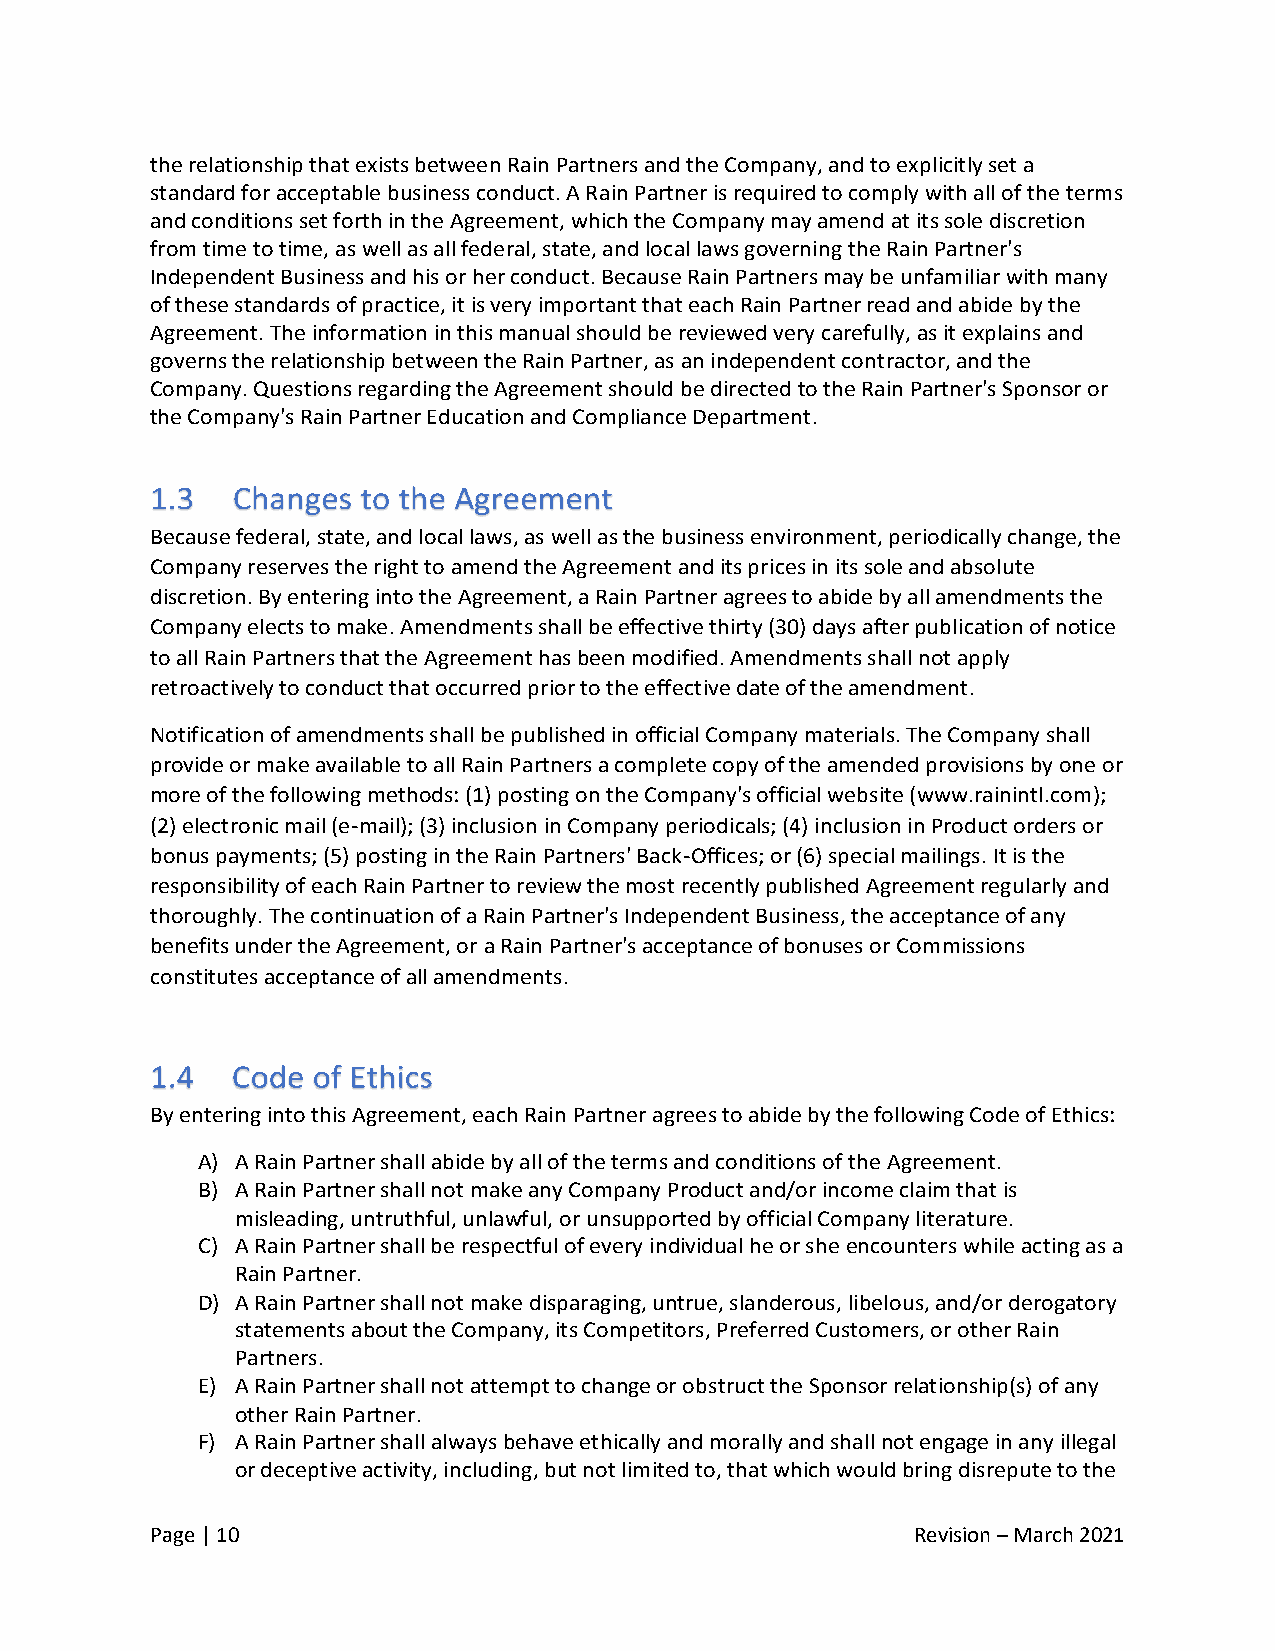
the relationship that exists between Rain Partners and the Company, and to explicitly set a
 standard for acceptable business conduct. A Rain Partner is required to comply with all of the terms
 and conditions set forth in the Agreement, which the Company may amend at its sole discretion
 from time to time, as well as all federal, state, and local laws governing the Rain Partner's
 Independent Business and his or her conduct. Because Rain Partners may be unfamiliar with many
 of these standards of practice, it is very important that each Rain Partner read and abide by the
 Agreement. The information in this manual should be reviewed very carefully, as it explains and
 governs the relationship between the Rain Partner, as an independent contractor, and the
 Company. Questions regarding the Agreement should be directed to the Rain Partner's Sponsor or
 the Company's Rain Partner Education and Compliance Department.
 Because federal, state, and local laws, as well as the business environment, periodically change, the
 Company reserves the right to amend the Agreement and its prices in its sole and absolute
 discretion. By entering into the Agreement, a Rain Partner agrees to abide by all amendments the
 Company elects to make. Amendments shall be effective thirty (30) days after publication of notice
 to all Rain Partners that the Agreement has been modified. Amendments shall not apply
 retroactively to conduct that occurred prior to the effective date of the amendment.
 Notification of amendments shall be published in official Company materials. The Company shall
 provide or make available to all Rain Partners a complete copy of the amended provisions by one or
 more of the following methods: (1) posting on the Company's official website (www.rainintl.com);
 (2) electronic mail (e-mail); (3) inclusion in Company periodicals; (4) inclusion in Product orders or
 bonus payments; (5) posting in the Rain Partners' Back-Offices; or (6) special mailings. It is the
 responsibility of each Rain Partner to review the most recently published Agreement regularly and
 thoroughly. The continuation of a Rain Partner's Independent Business, the acceptance of any
 benefits under the Agreement, or a Rain Partner's acceptance of bonuses or Commissions
 constitutes acceptance of all amendments.
 By entering into this Agreement, each Rain Partner agrees to abide by the following Code of Ethics:
 A) A Rain Partner shall abide by all of the terms and conditions of the Agreement.
 B) A Rain Partner shall not make any Company Product and/or income claim that is
 misleading, untruthful, unlawful, or unsupported by official Company literature.
 C) A Rain Partner shall be respectful of every individual he or she encounters while acting as a
 Rain Partner.
 D) A Rain Partner shall not make disparaging, untrue, slanderous, libelous, and/or derogatory
 statements about the Company, its Competitors, Preferred Customers, or other Rain
 Partners.
 E) A Rain Partner shall not attempt to change or obstruct the Sponsor relationship(s) of any
 other Rain Partner.
 F) A Rain Partner shall always behave ethically and morally and shall not engage in any illegal
 or deceptive activity, including, but not limited to, that which would bring disrepute to the
 Page | 10                                          Revision – March 2021